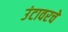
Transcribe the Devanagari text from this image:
उंटावरचे